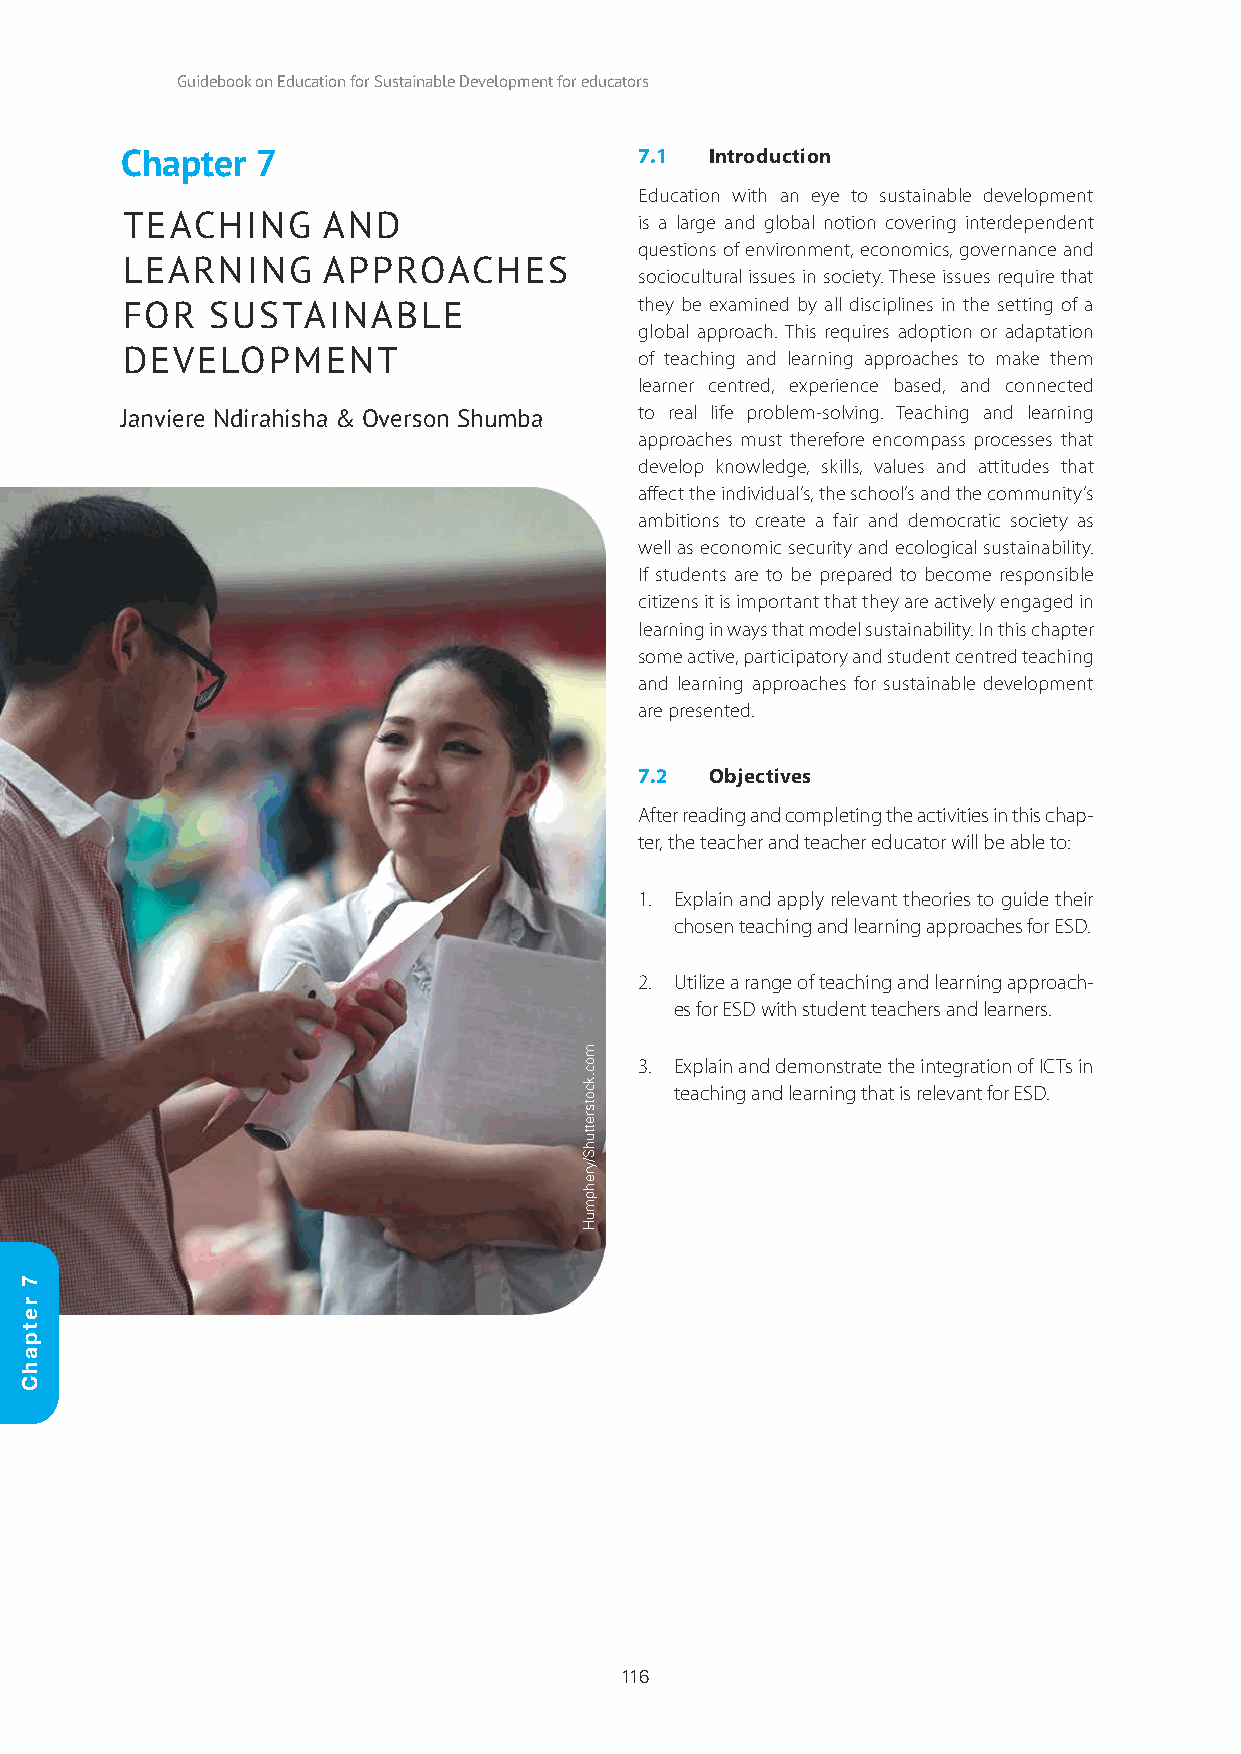
Guidebook on Education for Sustainable Development for educators
 Chapter  7                        7.1  Introduction
 Education with an eye to sustainable development
 TEACHING     AND                  is a large and global notion covering interdependent
 questions of environment, economics, governance and
 LEARNING     APPROACHES
 sociocultural issues in society. These issues require that
 they be examined by all disciplines in the setting of a
 FOR   SUSTAINABLE
 global approach. This requires adoption or adaptation
 DEVELOPMENT                       of teaching and learning approaches to make them
 learner centred, experience based, and connected
 Janviere Ndirahisha & Overson Shumba to real life problem-solving. Teaching and learning
 approaches must therefore encompass processes that
 develop knowledge, skills, values and attitudes that
 affect the individual’s, the school’s and the community’s
 ambitions to create a fair and democratic society as
 well as economic security and ecological sustainability.
 If students are to be prepared to become responsible
 citizens it is important that they are actively engaged in
 learning in ways that model sustainability. In this chapter
 some active, participatory and student centred teaching
 and learning approaches for sustainable development
 are presented.
 7.2  Objectives
 After reading and completing the activities in this chap-
 ter, the teacher and teacher educator will be able to:
 1. Explain and apply relevant theories to guide their
 chosen teaching and learning approaches for ESD.
 2. Utilize a range of teaching and learning approach-
 es for ESD with student teachers and learners.
 3. Explain and demonstrate the integration of ICTs in
 teaching and learning that is relevant for ESD.
 116
 7
 retpahC
 moc.kcotsrettuhS/yrehpmuH